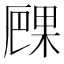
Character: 𠪧